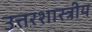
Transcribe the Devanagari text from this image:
उत्तरशास्त्रीय